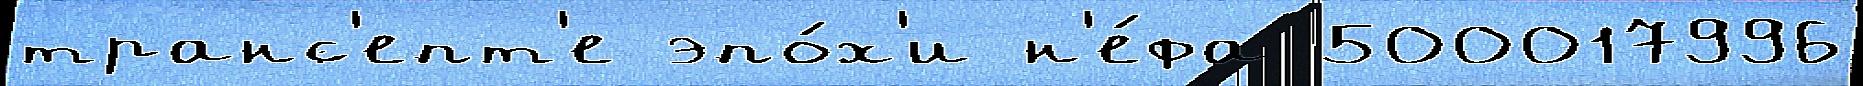
транс'епт'е эпо́х'и н'е́фа 500017996